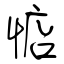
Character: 惦